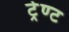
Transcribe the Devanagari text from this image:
ट्रेण्ट